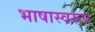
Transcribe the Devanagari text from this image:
भाषास्वरूप